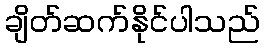
ချိတ်ဆက်နိုင်ပါသည်